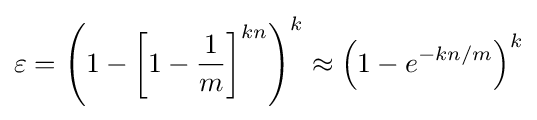
\varepsilon =\left(1-\left[1-{\frac {1}{m}}\right]^{kn}\right)^{k}\approx \left(1-e^{-kn/m}\right)^{k}